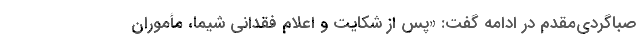
صباگردی‌مقدم در ادامه گفت: «پس از شکایت و اعلام فقدانی شیما، مأموران